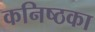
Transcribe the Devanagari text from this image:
कनिष्ठका